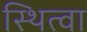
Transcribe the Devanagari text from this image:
स्थित्वा